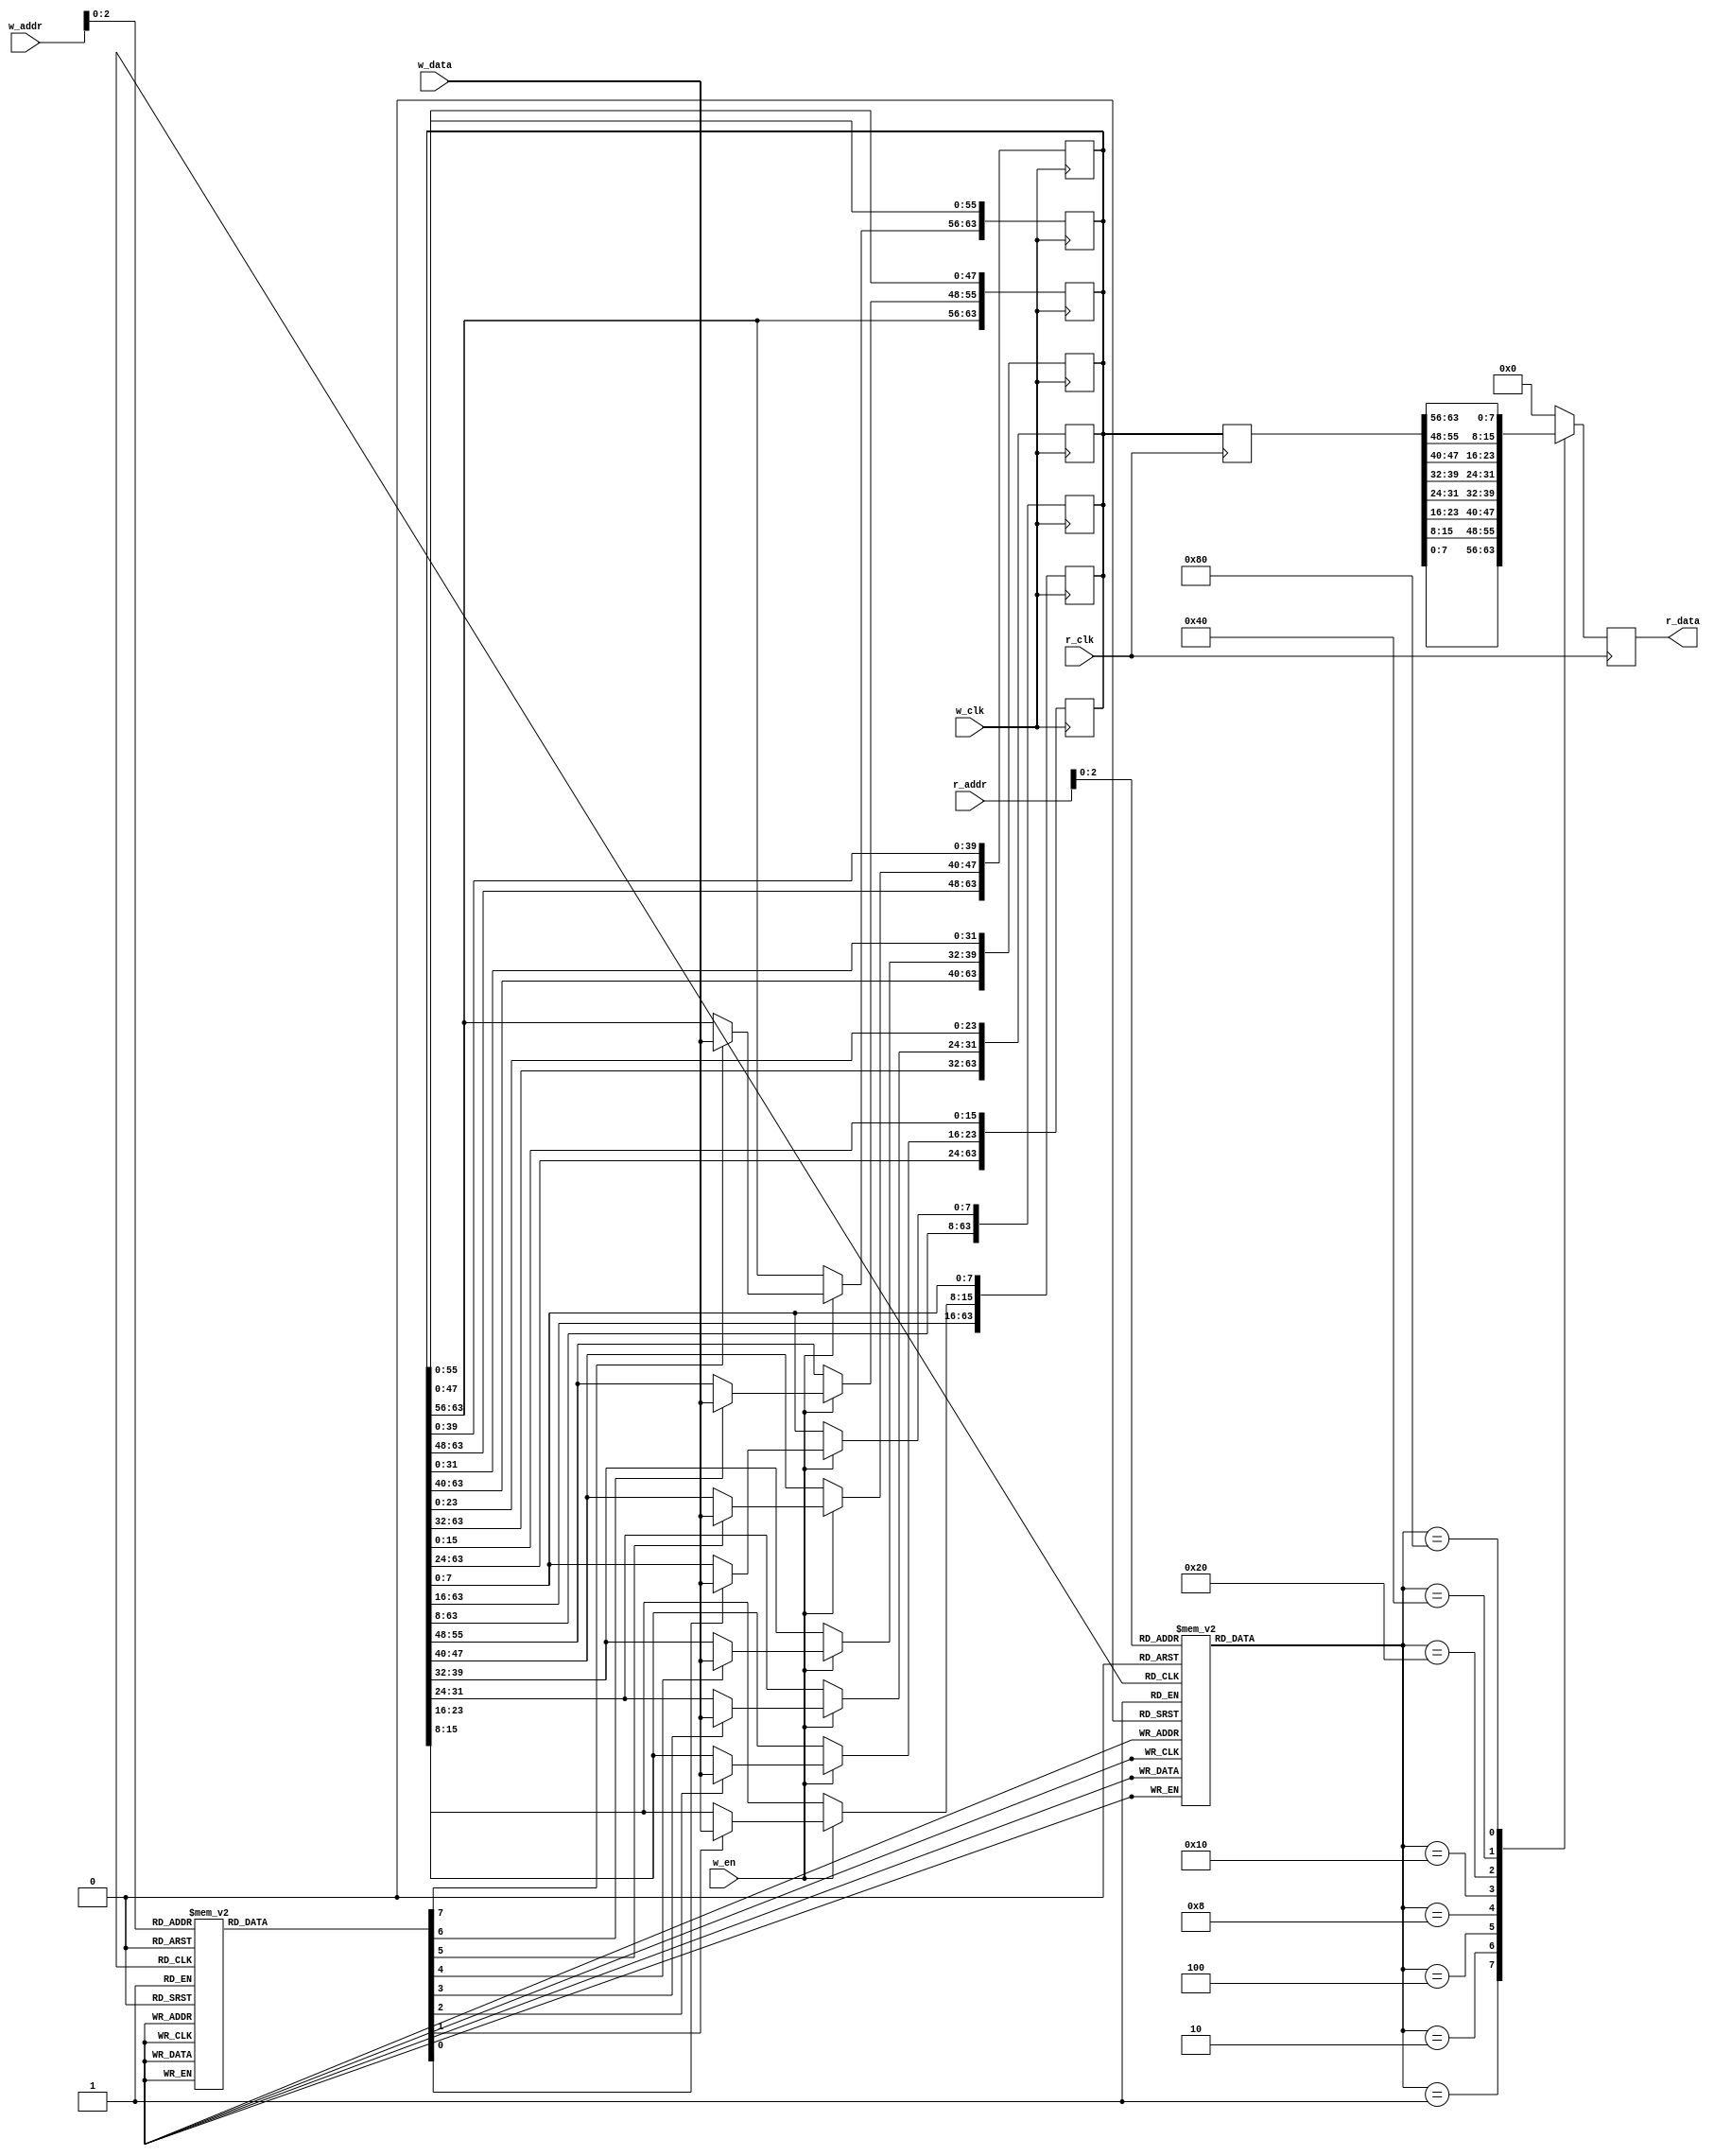
module dp_ram(
input wire              w_clk,
input wire              r_clk,
input wire              w_en,
input wire       [7:0]  w_data,
output reg       [7:0]  r_data,
input wire       [3:0]  w_addr,
input wire       [3:0]  r_addr
);

reg 	  [7:0]  en;
reg       [7:0]  r_en;
reg       [63:0] data;
reg       [63:0] data1;
always @(w_addr[2:0])
begin
  case(w_addr[2:0])
      3'b000: begin 
      en[0] = 1'b1; en[1] = 1'b0; en[2] = 1'b0; en[3] = 1'b0; en[4] = 1'b0; en[5] = 1'b0; en[6] = 1'b0; en[7] = 1'b0;
      end
      3'b001: begin 
      en[0] = 1'b0; en[1] = 1'b1; en[2] = 1'b0; en[3] = 1'b0; en[4] = 1'b0; en[5] = 1'b0; en[6] = 1'b0; en[7] = 1'b0;
      end
      3'b010: begin 
      en[0] = 1'b0; en[1] = 1'b0; en[2] = 1'b1; en[3] = 1'b0; en[4] = 1'b0; en[5] = 1'b0; en[6] = 1'b0; en[7] = 1'b0;
      end
      3'b011: begin 
      en[0] = 1'b0; en[1] = 1'b0; en[2] = 1'b0; en[3] = 1'b1; en[4] = 1'b0; en[5] = 1'b0; en[6] = 1'b0; en[7] = 1'b0;
      end
      3'b100: begin 
      en[0] = 1'b0; en[1] = 1'b0; en[2] = 1'b0; en[3] = 1'b0; en[4] = 1'b1; en[5] = 1'b0; en[6] = 1'b0; en[7] = 1'b0;
      end
      3'b101: begin 
      en[0] = 1'b0; en[1] = 1'b0; en[2] = 1'b0; en[3] = 1'b0; en[4] = 1'b0; en[5] = 1'b1; en[6] = 1'b0; en[7] = 1'b0;
      end
      3'b110: begin 
      en[0] = 1'b0; en[1] = 1'b0; en[2] = 1'b0; en[3] = 1'b0; en[4] = 1'b0; en[5] = 1'b0; en[6] = 1'b1; en[7] = 1'b0;
      end
      3'b111: begin 
      en[0] = 1'b0; en[1] = 1'b0; en[2] = 1'b0; en[3] = 1'b0; en[4] = 1'b0; en[5] = 1'b0; en[6] = 1'b0; en[7] = 1'b1;
      end   
  endcase
end

generate
genvar i;
for(i=0;i<8;i=i+1)
begin:write_data
always @(posedge w_clk)
  if(w_en)
    begin
      if(en[i])
        data[(8*i+7):(8*i)] <= w_data[7:0];
      else
        data[(8*i+7):(8*i)] <= data[(8*i+7):(8*i)];
    end
  else
    data <= data;
end
endgenerate

always @(posedge r_clk)
begin
	data1 <= data;
end
//assign  data1 = data;


always @(r_addr[2:0])
begin
  case(r_addr[2:0])
      3'b000: begin 
      r_en[0] = 1'b1; r_en[1] = 1'b0; r_en[2] = 1'b0; r_en[3] = 1'b0; r_en[4] = 1'b0; r_en[5] = 1'b0; r_en[6] = 1'b0; r_en[7] = 1'b0;
      end
      3'b001: begin 
      r_en[0] = 1'b0; r_en[1] = 1'b1; r_en[2] = 1'b0; r_en[3] = 1'b0; r_en[4] = 1'b0; r_en[5] = 1'b0; r_en[6] = 1'b0; r_en[7] = 1'b0;
      end
      3'b010: begin 
      r_en[0] = 1'b0; r_en[1] = 1'b0; r_en[2] = 1'b1; r_en[3] = 1'b0; r_en[4] = 1'b0; r_en[5] = 1'b0; r_en[6] = 1'b0; r_en[7] = 1'b0;
      end
      3'b011: begin 
      r_en[0] = 1'b0; r_en[1] = 1'b0; r_en[2] = 1'b0; r_en[3] = 1'b1; r_en[4] = 1'b0; r_en[5] = 1'b0; r_en[6] = 1'b0; r_en[7] = 1'b0;
      end
      3'b100: begin 
      r_en[0] = 1'b0; r_en[1] = 1'b0; r_en[2] = 1'b0; r_en[3] = 1'b0; r_en[4] = 1'b1; r_en[5] = 1'b0; r_en[6] = 1'b0; r_en[7] = 1'b0;
      end
      3'b101: begin 
      r_en[0] = 1'b0; r_en[1] = 1'b0; r_en[2] = 1'b0; r_en[3] = 1'b0; r_en[4] = 1'b0; r_en[5] = 1'b1; r_en[6] = 1'b0; r_en[7] = 1'b0;
      end
      3'b110: begin 
      r_en[0] = 1'b0; r_en[1] = 1'b0; r_en[2] = 1'b0; r_en[3] = 1'b0; r_en[4] = 1'b0; r_en[5] = 1'b0; r_en[6] = 1'b1; r_en[7] = 1'b0;
      end
      3'b111: begin 
      r_en[0] = 1'b0; r_en[1] = 1'b0; r_en[2] = 1'b0; r_en[3] = 1'b0; r_en[4] = 1'b0; r_en[5] = 1'b0; r_en[6] = 1'b0; r_en[7] = 1'b1;
      end   
  endcase
end
always @(posedge r_clk)
begin
  case(r_en)    
       8'b0000_0001:r_data <= data1[7:0];
	   8'b0000_0010:r_data <= data1[15:8];
	   8'b0000_0100:r_data <= data1[23:16];
	   8'b0000_1000:r_data <= data1[31:24];
	   8'b0001_0000:r_data <= data1[39:32];
	   8'b0010_0000:r_data <= data1[47:40];
	   8'b0100_0000:r_data <= data1[55:48];
	   8'b1000_0000:r_data <= data1[63:56];
	   default:r_data <= 8'b0000_0000;
  endcase
end
		

endmodule